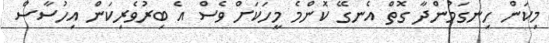
މިކަން ހިނގަމުންދާ ގޮތް އެނގޭ ކޮންމެ މީހަކަށް ވެސް އެ ބިރުވެރިިކަން އިހުސާސް